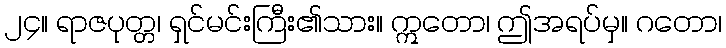
၂၄။ ရာဇပုတ္တ၊ ရှင်မင်းကြီး၏သား။ ဣတော၊ ဤအရပ်မှ။ ဂတော၊